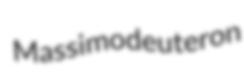
Massimo deuteron